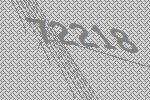
72218